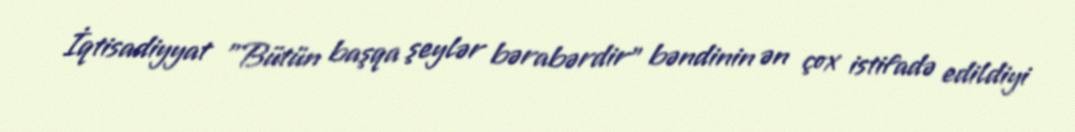
İqtisadiyyat "Bütün başqa şeylər bərabərdir" bəndinin ən çox istifadə edildiyi